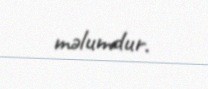
məlumdur.